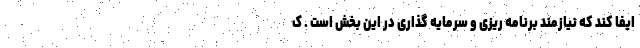
ایفا کند که نیازمند برنامه ریزی و سرمایه گذاری در این بخش است . ک